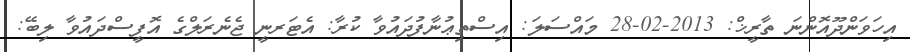
އިހަވަންދޫއޮންނަ ތާރީޚް: 2013-02-28 މައްސަލަ: އިސްތިޢުނާފުދައުވާ ކުރާ: އެޓަރނީ ޖެނެރަލްގެ އޮފީސްދައުވާ ލިބޭ: